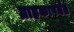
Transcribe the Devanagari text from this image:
ग्राहकापर्यंत